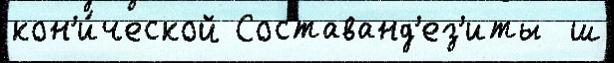
кон'и́ческой Составанд'ез'иты  ш